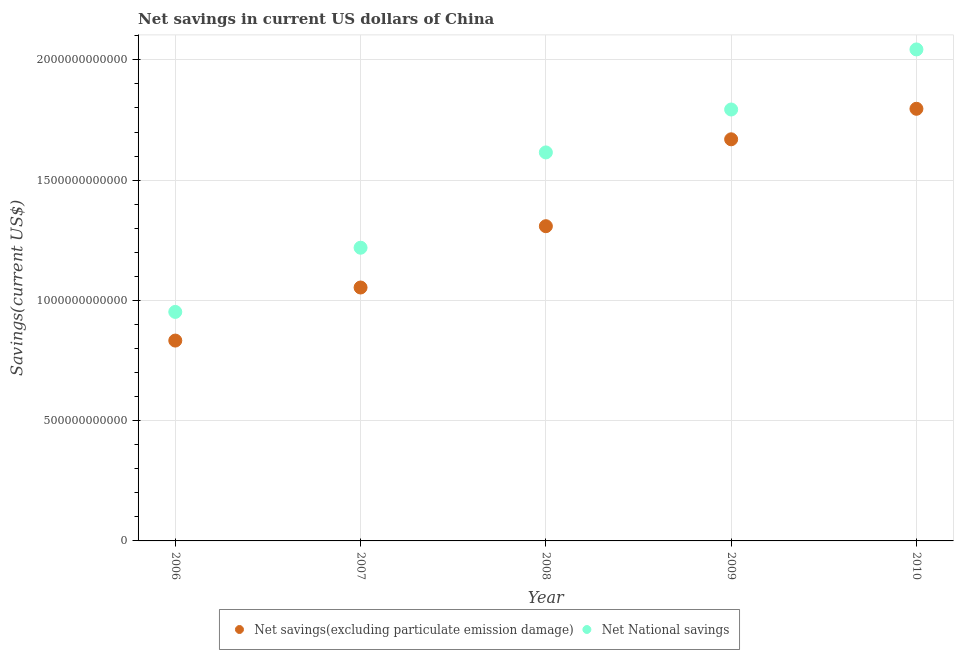
| Year | Net savings(excluding particulate emission damage) | Net National savings |
 | --- | --- | --- |
 | 2006 | 8.33e+11 | 9.52e+11 |
 | 2007 | 1.05e+12 | 1.22e+12 |
 | 2008 | 1.31e+12 | 1.62e+12 |
 | 2009 | 1.67e+12 | 1.79e+12 |
 | 2010 | 1.8e+12 | 2.04e+12 |